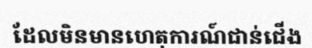
ដែលមិនមានហេតុការណ៍ជាន់ជើង